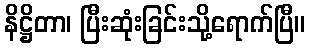
နိဋ္ဌိတာ၊ ပြီးဆုံးခြင်းသို့ရောက်ပြီ။